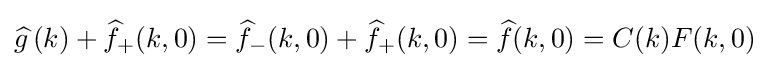
{\widehat {g\,}}(k)+{\widehat {f}}_{+}(k,0)={\widehat {f}}_{-}(k,0)+{\widehat {f}}_{+}(k,0)={\widehat {f}}(k,0)=C(k)F(k,0)